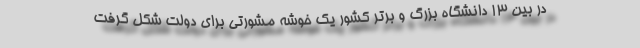
در بین ۱۳ دانشگاه بزرگ و برتر کشور یک خوشه مشورتی برای دولت شکل گرفت